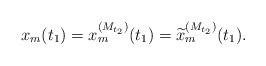
LaTeX: \begin{align*}x_m(t_1)=x_m^{(M_{t_2})}(t_1)=\widetilde{x}_m^{(M_{t_2})}(t_1).\end{align*}